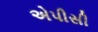
એપીસી